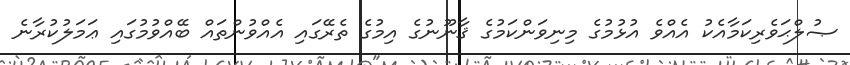
ޞުލްޙަވެރިކަމާއެކު އެއްވެ އުޅުމުގެ މިނިވަންކަމުގެ ޤާނޫނުގެ އިމުގެ ތެރޭގައި އެއްވުންތައް ބޭއްވުމުގައި ޢަމަލުކުރާނެ